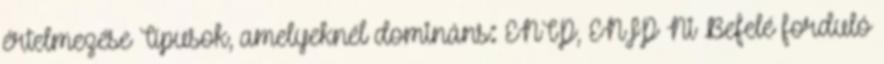
értelmezése Típusok, amelyeknél domináns: ENTP, ENFP Ni Befelé forduló